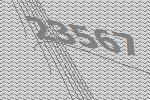
23567